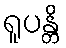
ရူပန္တိ